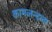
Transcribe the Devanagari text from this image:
कामलन्दला